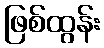
ဖြစ်ထွန်း